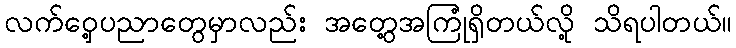
လက်ဝှေ့ပညာတွေမှာလည်း အတွေ့အကြုံရှိတယ်လို့ သိရပါတယ်။